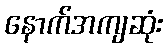
နောက်အကျဆုံး